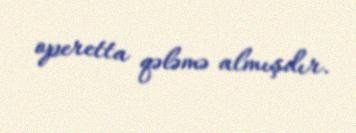
operetta qələmə almışdır.